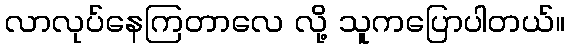
လာလုပ်နေကြတာလေ လို့ သူကပြောပါတယ်။